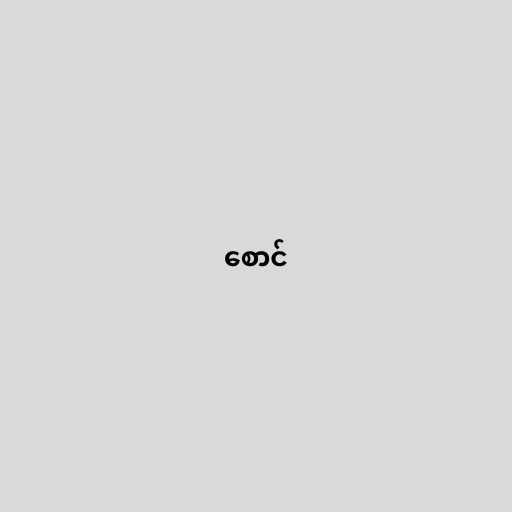
စောင်